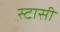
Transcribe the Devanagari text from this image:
स्टासी